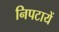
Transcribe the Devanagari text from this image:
निपटायें